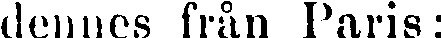
dennes från Paris: